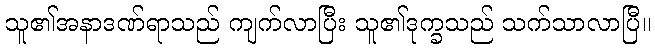
သူ၏အနာဒဏ်ရာသည် ကျက်လာပြီး သူ၏ဒုက္ခသည် သက်သာလာပြီ။